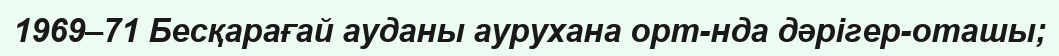
1969–71 Бесқарағай ауданы аурухана орт-нда дәрігер-оташы;